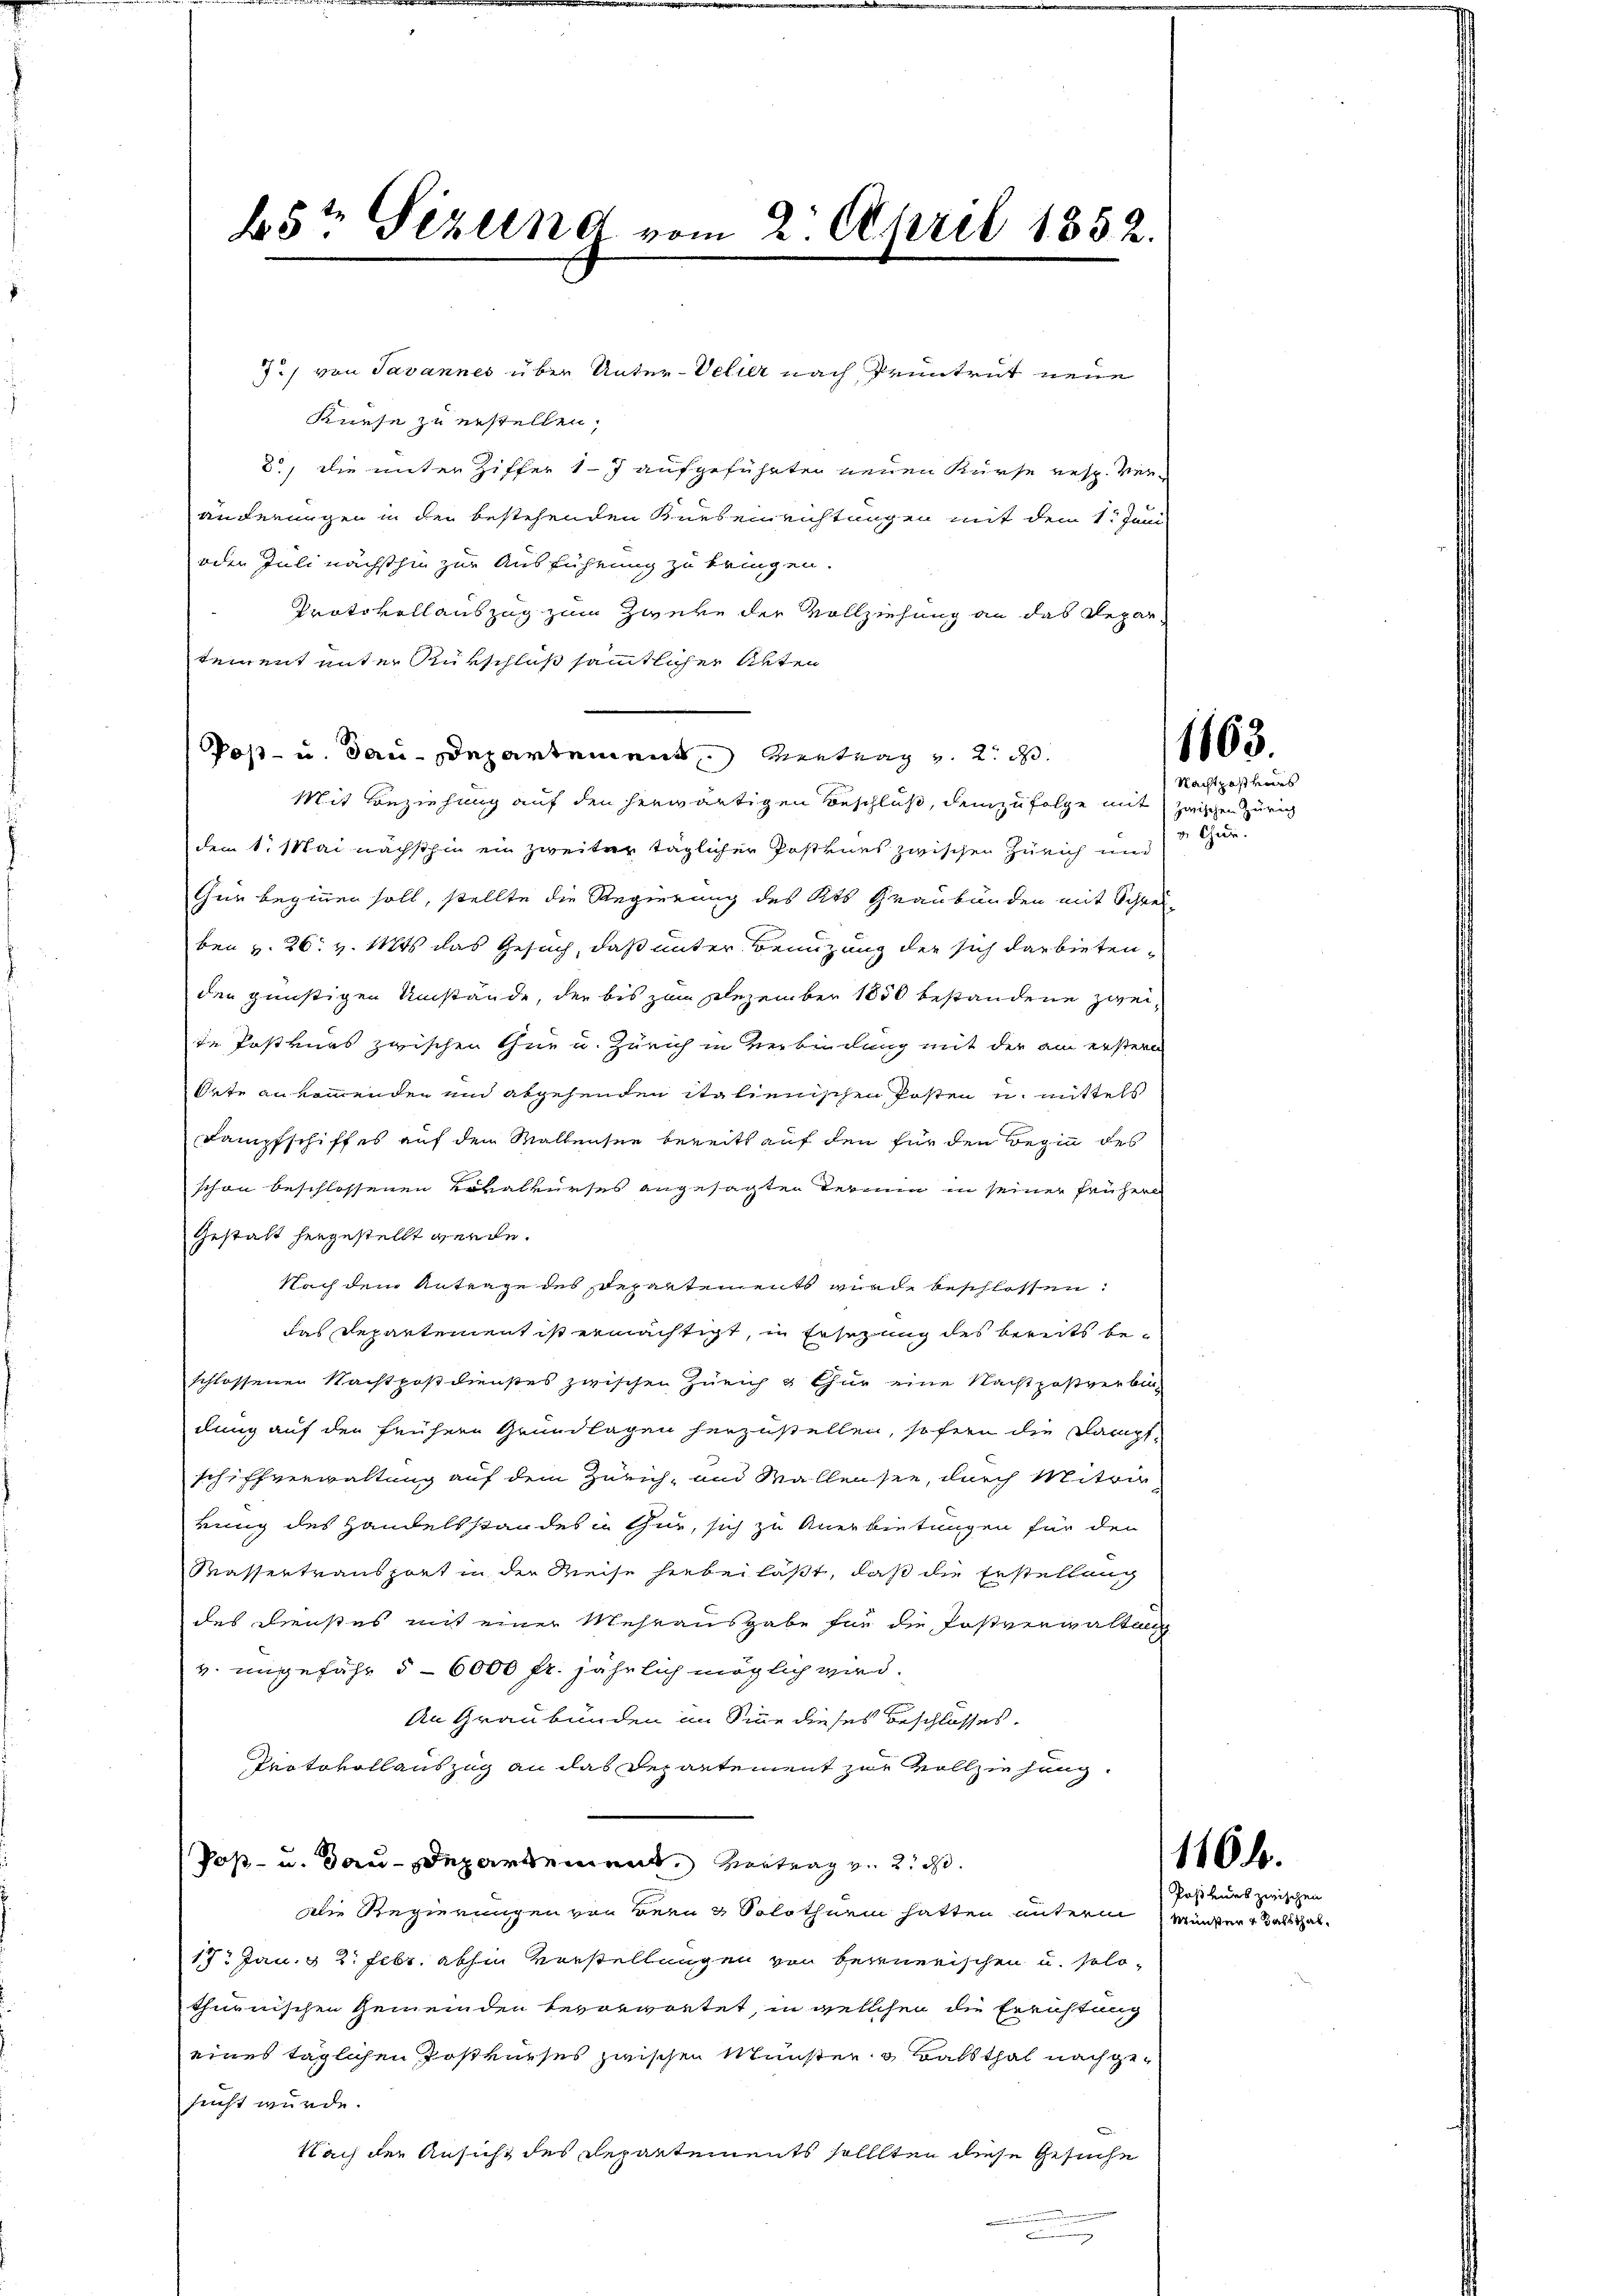
45r Sizung vom 2. April 1852.

7./ von Savannes über Unter-Velier nach Pruntrut neue

Kuese zu erstellen,
3., die unter Ziffer 17 aufgeführten neuen Kurse resp. Ver-
änderungen in der bestehenden Kursenrichtungen mit dem 1. Juni
oder Juli nächsthin zur Ausführung zu bringen.
Protokollauszug zum Zweke der Vollziehung an das Depar-
tement unter Rutschluß sämmtlicher Akten
Post- u. dau-Departement Vertrag v. 2. d.
Mit Beziehung auf den herwärtigen Beschluß, demzufolge mit zwischen Zürich
dem 1. Mai nächsthin ein zweiter täglicher Postvues zwischen Zürich und
Gur beginnen soll, stellte die Regierung des Kts. Graubünden mit Schrei-
ben v. 26. v. Mts. das Gesuch, daß unter Benuzung der sich darbietenden günstigen Umstände, der bis zum Dezember 1850 bestandene zweite Postkurs zwischen Thur u. Zürich in Verbindung mit der am erstern
Orte ankommenden und abgehenden italienischen Posten u. mittels
Kampfschiffes auf dem Mallensee bereits auf den für den Beginn des
schon beschlossenen Lokalkurses angesagten Termin in seiner früher
Gestalt hergestellt werde.
Nach dem Antrage des separtements wurde beschlossen:
das Departement ist ermächtigt, in Ersezung des bereits beschlossenen Nachtpostdienstes zwischen Zürich & Chur eine Nachtpostverbi
dung auf den frühern Grundlagen herzustellen, sofern die Kampfschiffverwaltung auf dem Zürich, und Wallensee, durch Mitwir
rung des Handelsstandes u Gut, sich zu Anerbietungen für den
Kassertransport in der Reise hiebei läßt, daß die Erstellung
des Dienstes mit einer Mehrausgabe für die Postverwaltung
v. ungefähr 5 - 6000 fr. jährlich möglich wird.
An Graubünden im Sinne dieses Beschlosses.
Protokollauszug an das Departement zur Vollziehung,
Post- u. Bau-Departement vertrag v. 2. ds.
Die Regierungen von Bern & Solothurm hatten unterm
17. Jan. u 2. Febr. abhin Vorstellungen von bernerischen u. solothurnischen Gemeinden bevorwortet, in welchen die Errichtung
eines täglichen Postkurses zwischen Münster Balsthal nach gesucht würde.
Nach der Ansicht des Repartements sollten diese Gesuche

1163.

Nachtpost vers
v. Chur.

1106.
Postkurs zwischen
Münster & Balsthal.